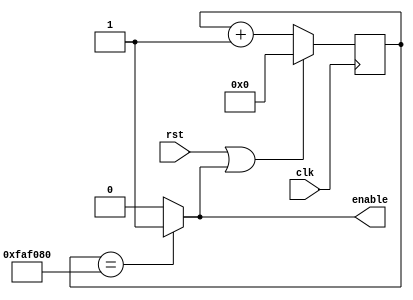
module slowdown_unit(clk, rst, enable);

	input clk, rst;
	output enable;
	reg [25:0] slowdown = 0;
	
	assign enable = (slowdown == 25'd50000000) ? 1'b1: 1'b0;
	
	always@(posedge clk)begin
		if(rst == 1'b1 || enable == 1'b1) begin
			slowdown <= 25'd0;
		end
		else begin
			slowdown <= slowdown + 1;
		end
	
	
	end

endmodule